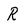
Character: R